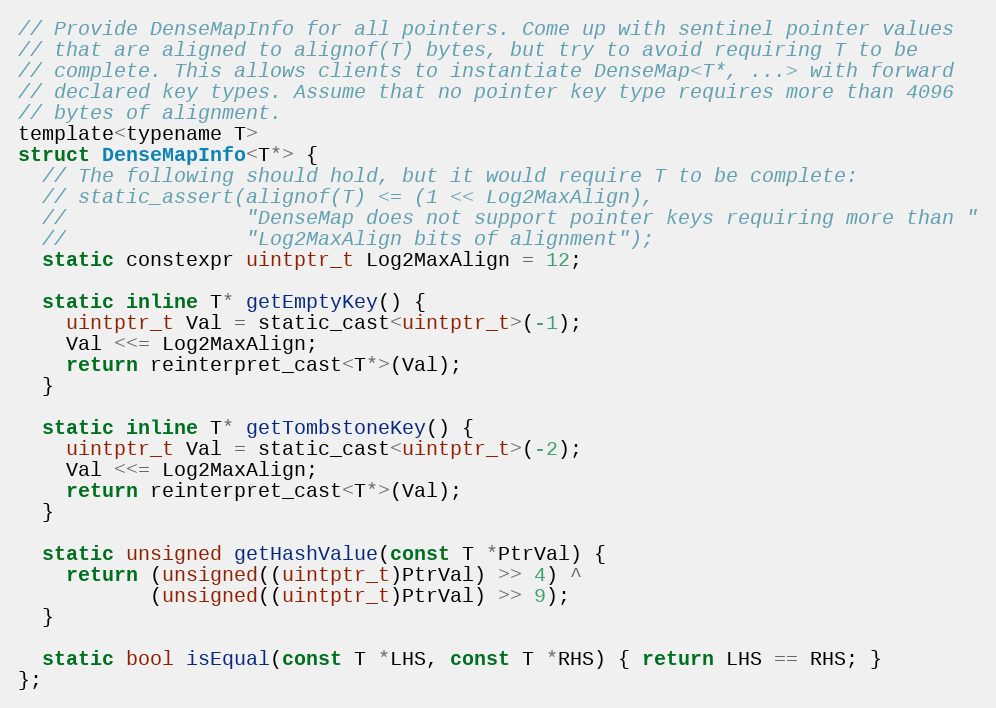
Language: C
// Provide DenseMapInfo for all pointers. Come up with sentinel pointer values
// that are aligned to alignof(T) bytes, but try to avoid requiring T to be
// complete. This allows clients to instantiate DenseMap<T*, ...> with forward
// declared key types. Assume that no pointer key type requires more than 4096
// bytes of alignment.
template<typename T>
struct DenseMapInfo<T*> {
  // The following should hold, but it would require T to be complete:
  // static_assert(alignof(T) <= (1 << Log2MaxAlign),
  //               "DenseMap does not support pointer keys requiring more than "
  //               "Log2MaxAlign bits of alignment");
  static constexpr uintptr_t Log2MaxAlign = 12;

  static inline T* getEmptyKey() {
    uintptr_t Val = static_cast<uintptr_t>(-1);
    Val <<= Log2MaxAlign;
    return reinterpret_cast<T*>(Val);
  }

  static inline T* getTombstoneKey() {
    uintptr_t Val = static_cast<uintptr_t>(-2);
    Val <<= Log2MaxAlign;
    return reinterpret_cast<T*>(Val);
  }

  static unsigned getHashValue(const T *PtrVal) {
    return (unsigned((uintptr_t)PtrVal) >> 4) ^
           (unsigned((uintptr_t)PtrVal) >> 9);
  }

  static bool isEqual(const T *LHS, const T *RHS) { return LHS == RHS; }
};